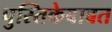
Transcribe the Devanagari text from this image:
पुस्तिकेबाबत